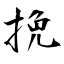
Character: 挽